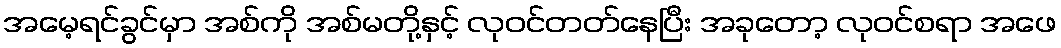
အမေ့ရင်ခွင်မှာ အစ်ကို အစ်မတို့နှင့် လုဝင်တတ်နေပြီး အခုတော့ လုဝင်စရာ အဖေ